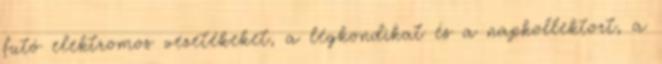
futó elektromos vezetékeket, a légkondikat és a napkollektort, a